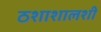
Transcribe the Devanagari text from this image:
ठशाशालशी